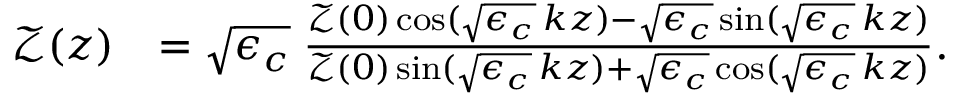
\begin{array} { r l } { \mathcal { Z } ( z ) } & { = \sqrt { \epsilon _ { c } } \; \frac { \mathcal { Z } ( 0 ) \cos ( \sqrt { \epsilon _ { c } } \, k z ) - \sqrt { \epsilon _ { c } } \sin ( \sqrt { \epsilon _ { c } } \, k z ) } { \mathcal { Z } ( 0 ) \sin ( \sqrt { \epsilon _ { c } } \, k z ) + \sqrt { \epsilon _ { c } } \cos ( \sqrt { \epsilon _ { c } } \, k z ) } . } \end{array}